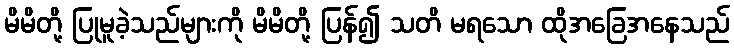
မိမိတို့ ပြုမူခဲ့သည်များကို မိမိတို့ ပြန်၍ သတိ မရသော ထိုအခြေအနေသည်